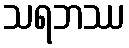
သရဘဿ